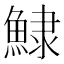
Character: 𩸙